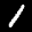
Label: 1